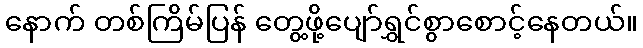
နောက် တစ်ကြိမ်ပြန် တွေ့ဖို့ပျော်ရွှင်စွာစောင့်နေတယ်။